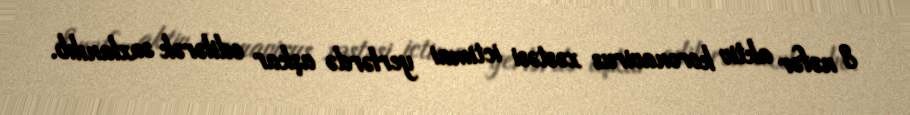
8 nəfər aktiv koronavirus xəstəsi ictimai yerlərdə aşkar edilərək saxlanılıb.